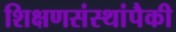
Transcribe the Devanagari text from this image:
शिक्षणसंस्थांपैकी